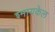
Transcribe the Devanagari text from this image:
श्मायकेल